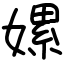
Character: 嫘